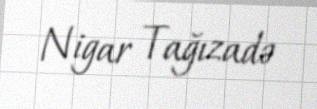
Nigar Tağızadə